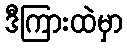
ဒီကြားထဲမှာ